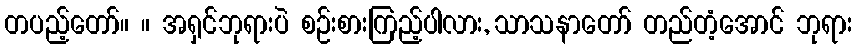
တပည့်တော်။ ။ အရှင်ဘုရားပဲ စဉ်းစားကြည့်ပါလား, သာသနာတော် တည်တံ့အောင် ဘုရား